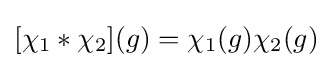
[\chi _{1}*\chi _{2}](g)=\chi _{1}(g)\chi _{2}(g)